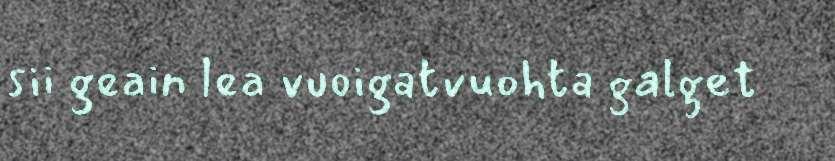
sii geain lea vuoigatvuohta galget